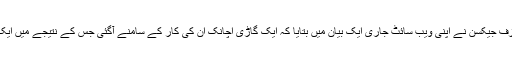
مائیکل جیکسن کے والد جوزف جیکسن نے اپنی ویب سائٹ جاری ایک بیان میں بتایا کہ ایک گاڑی اچانک ان کی کار کے سامنے آگئی جس کے نتیجے میں ایک چھوٹا سا ایکسیڈنٹ ہو گیا۔